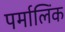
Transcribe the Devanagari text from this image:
पर्मालिंक